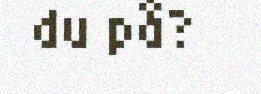
du på?